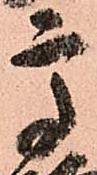
高